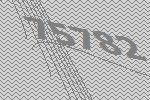
75782